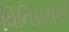
વિનિમયની